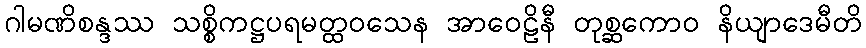
ဂါမဏိစန္ဒဿ သစ္စိကဋ္ဌပရမတ္ထဝသေန အာဝေဠိနီ တုစ္ဆကောဝ နိယျာဒေမီတိ